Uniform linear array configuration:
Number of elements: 48
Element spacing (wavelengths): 0.5
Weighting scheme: uniform
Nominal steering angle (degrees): -45
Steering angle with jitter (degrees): -45.017
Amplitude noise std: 0.05
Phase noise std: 0.05

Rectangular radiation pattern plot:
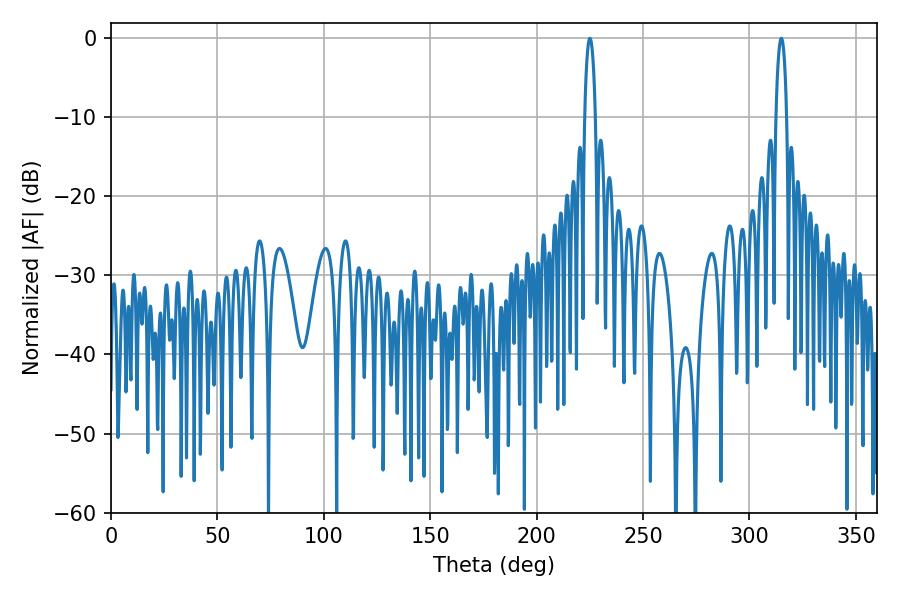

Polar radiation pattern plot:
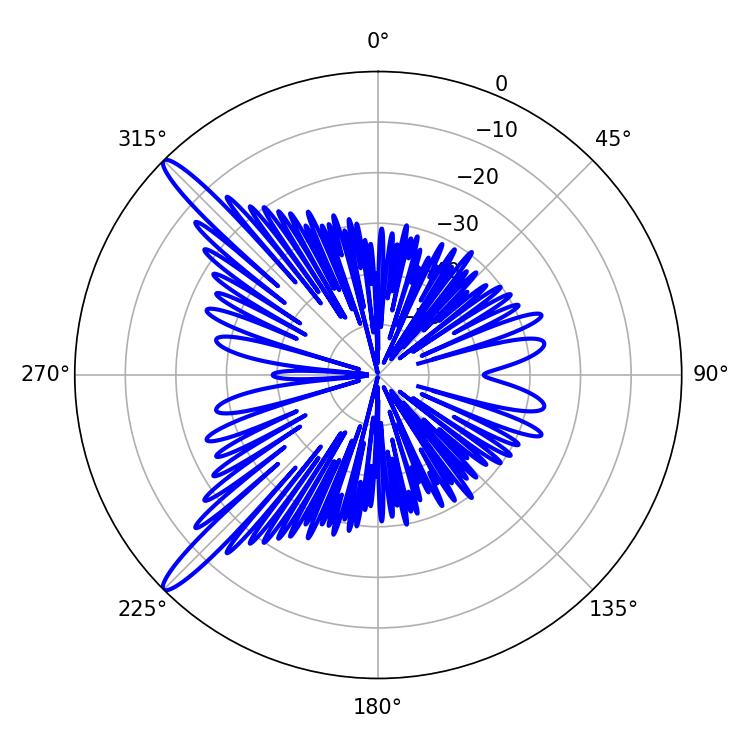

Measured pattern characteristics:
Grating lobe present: FALSE
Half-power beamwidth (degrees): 2.88
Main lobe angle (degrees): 225